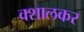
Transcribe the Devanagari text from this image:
क्शालकर